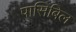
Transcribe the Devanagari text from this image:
पासिबिल